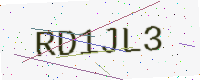
Text: RD1JL3